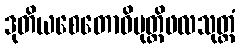
ဒုတိယစေတောဝိမုတ္တိဖလသုတ္တံ